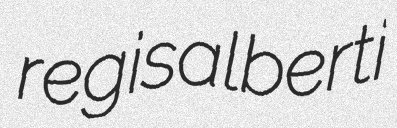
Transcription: regisalberti